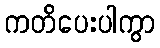
ကတိပေးပါကွာ